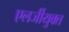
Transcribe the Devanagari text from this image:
एलर्जीयुक्त